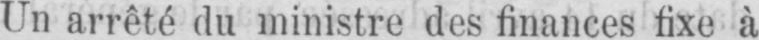
Un arrêté du ministre des finances fixe à